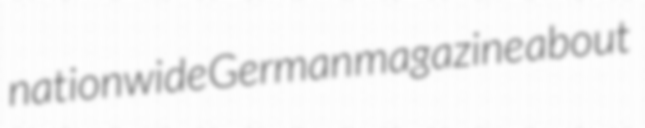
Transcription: nationwide German magazine about